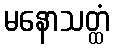
မနောသတ္ထံ